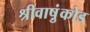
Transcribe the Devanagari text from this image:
श्रीवाष़ुंकोड